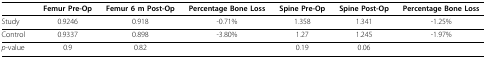
<table><thead><tr><td></td><td><b>Femur Pre-Op</b></td><td><b>Femur 6 m Post-Op</b></td><td><b>Percentage Bone Loss</b></td><td><b>Spine Pre-Op</b></td><td><b>Spine Post-Op</b></td><td><b>Percentage Bone Loss</b></td></tr></thead><tbody><tr><td>Study</td><td>0.9246</td><td>0.918</td><td>-0.71%</td><td>1.358</td><td>1.341</td><td>-1.25%</td></tr><tr><td>Control</td><td>0.9337</td><td>0.898</td><td>-3.80%</td><td>1.27</td><td>1.245</td><td>-1.97%</td></tr><tr><td><i>p</i>-value</td><td>0.9</td><td>0.82</td><td></td><td>0.19</td><td>0.06</td><td></td></tr></tbody></table>